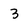
Character: 3